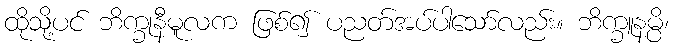
ထိုသို့ပင် ဘိက္ခုနီမူလက ဖြစ်၍ ပညတ်အပ်ပါသော်လည်း။ ဘိက္ခူနမ္ပိ၊